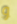
و